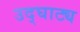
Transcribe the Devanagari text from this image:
उद्घाट्य